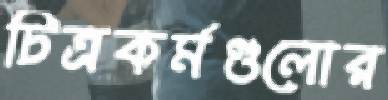
চিত্রকর্মগুলোর